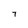
Character: 7